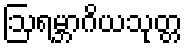
ဩရမ္ဘာဂိယသုတ္တ